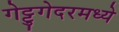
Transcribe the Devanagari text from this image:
गेट्टुगेदरमध्ये